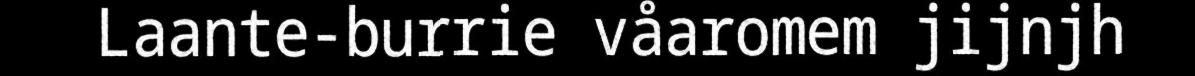
Laante-burrie våaromem jijnjh